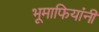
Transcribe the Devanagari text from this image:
भूमाफियांनी